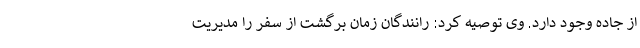
از جاده وجود دارد. وی توصیه کرد: رانندگان زمان برگشت از سفر را مدیریت